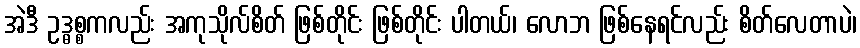
အဲဒီ ဥဒ္ဓစ္စကလည်း အကုသိုလ်စိတ် ဖြစ်တိုင်း ဖြစ်တိုင်း ပါတယ်၊ လောဘ ဖြစ်နေရင်လည်း စိတ်လေတာပဲ၊